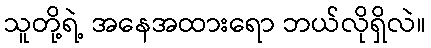
သူတို့ရဲ့ အနေအထားရော ဘယ်လိုရှိလဲ။